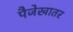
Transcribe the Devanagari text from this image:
पैजेखातर